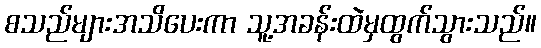
စသည်များအသိပေးကာ သူ့အခန်းထဲမှထွက်သွားသည်။